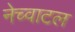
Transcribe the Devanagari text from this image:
नेच्वाटल